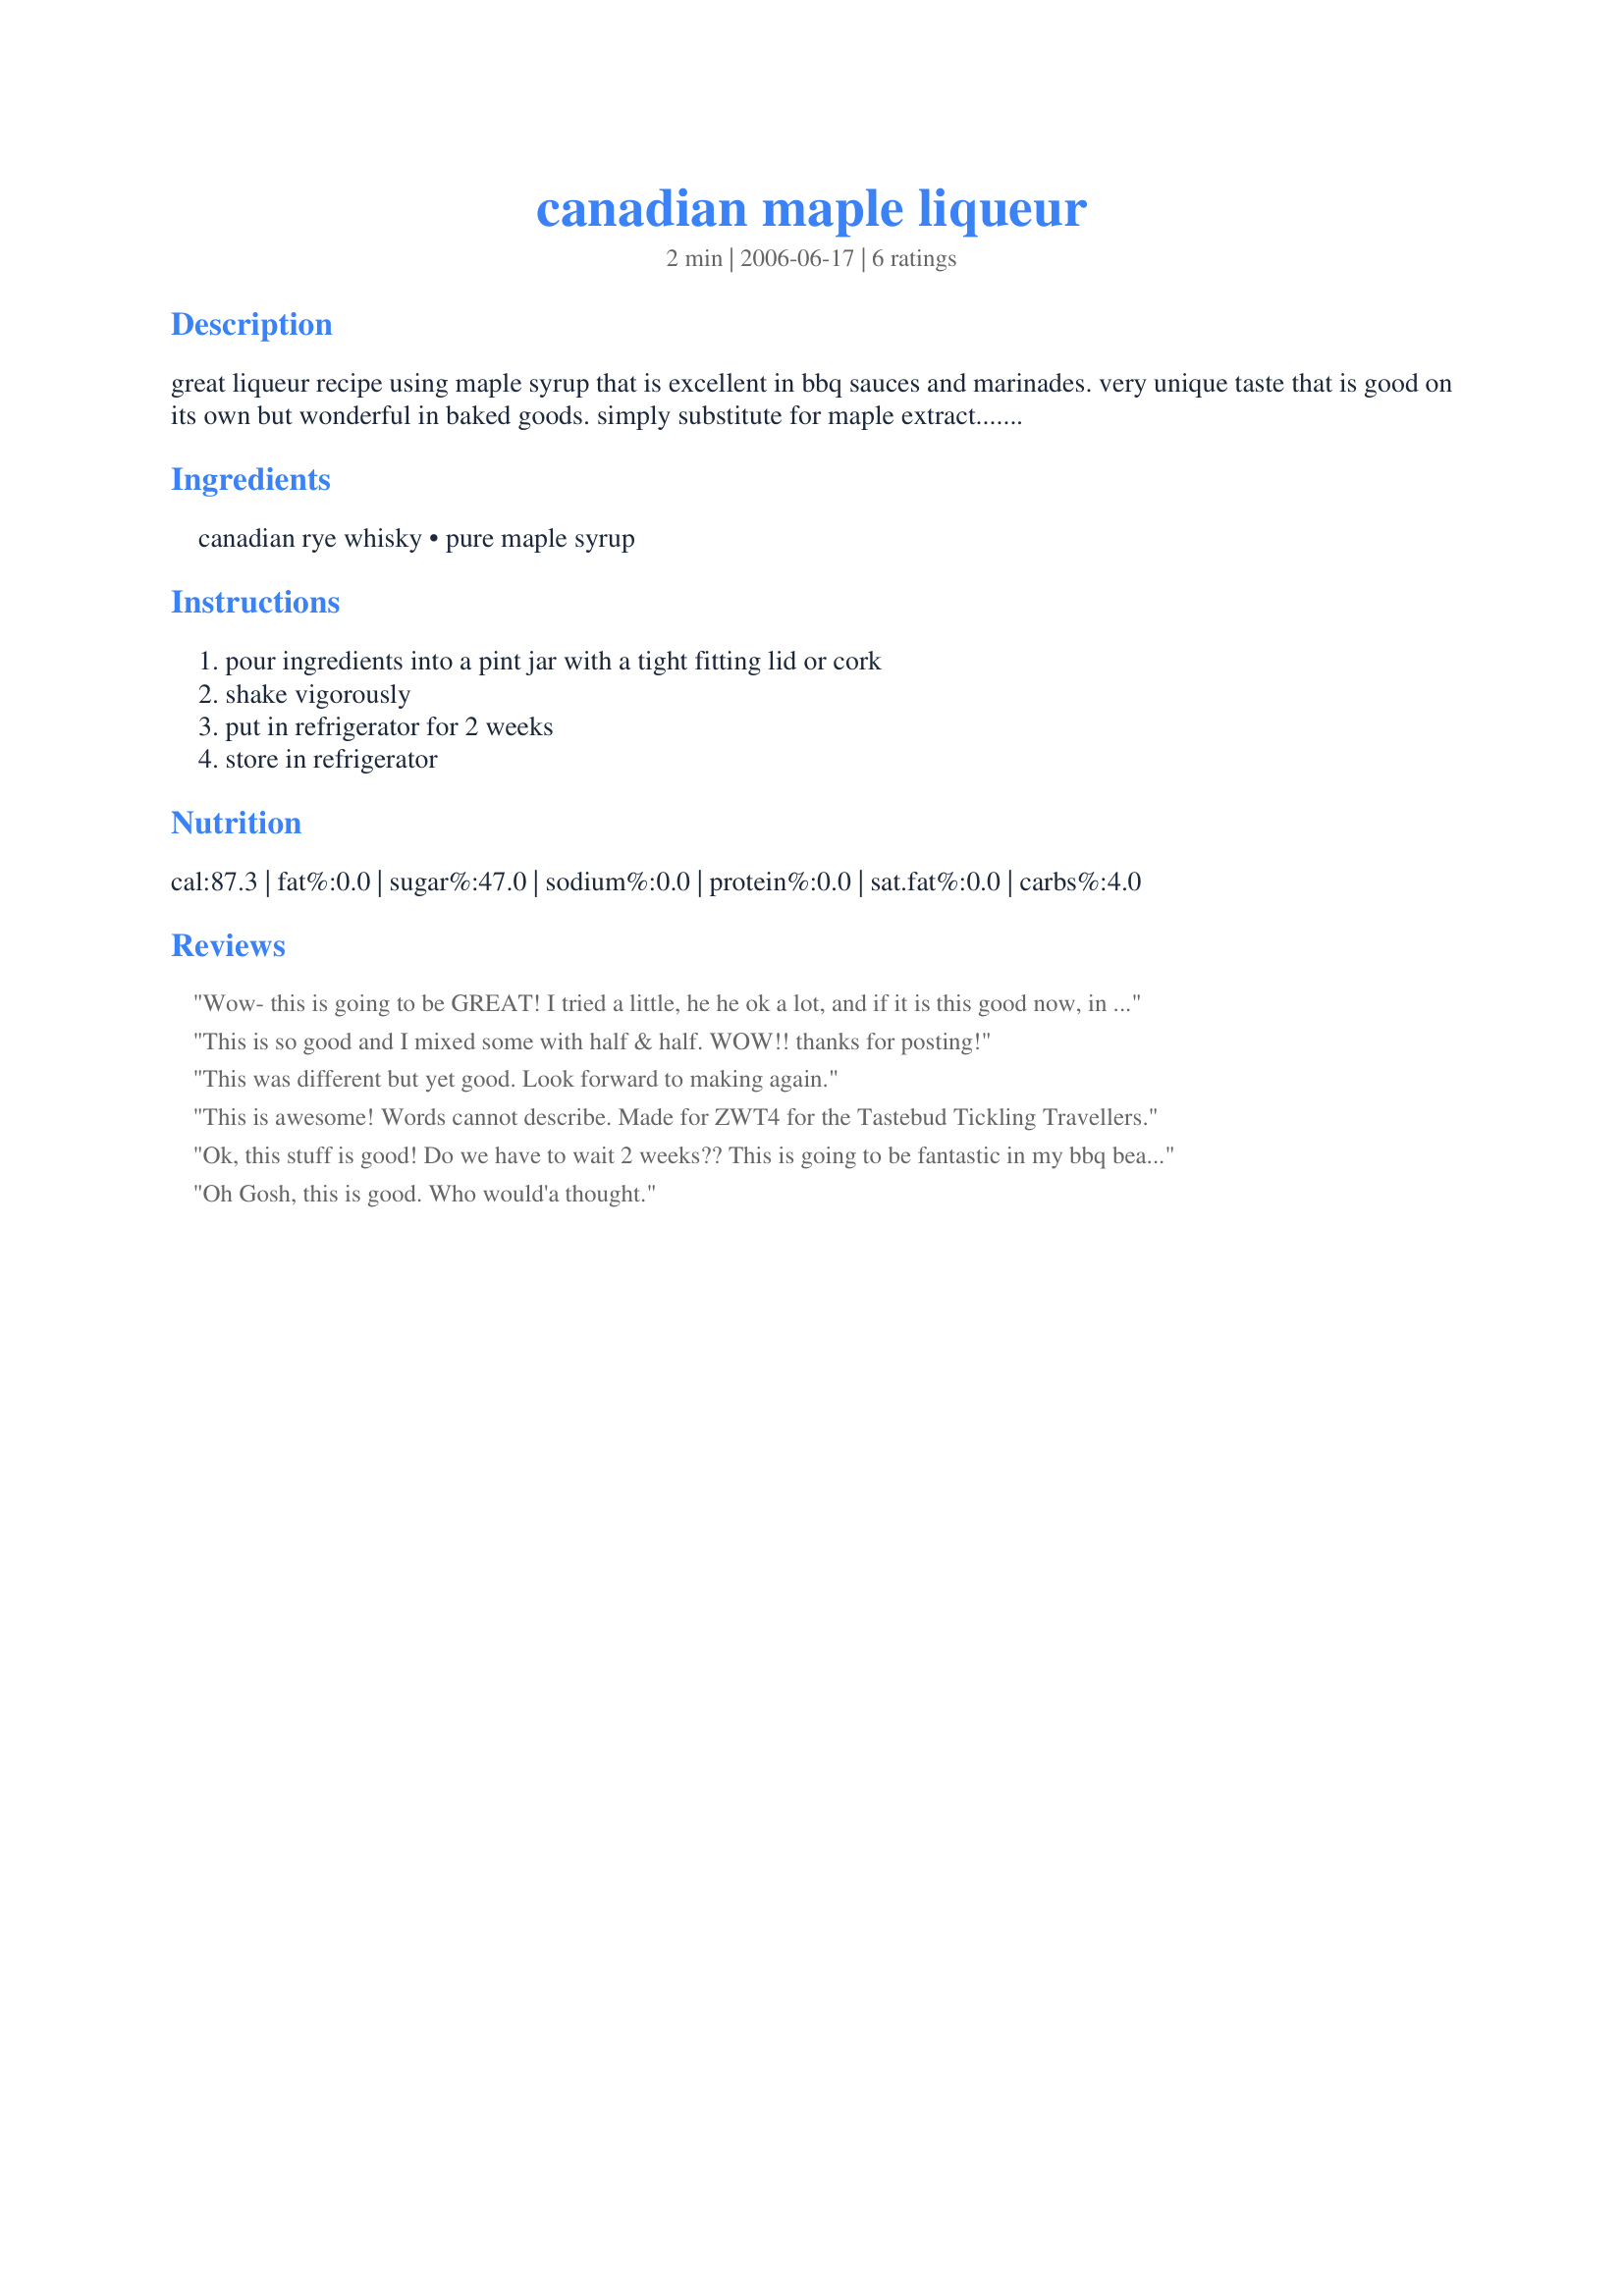
canadian maple liqueur
Preparation time: 2 minutes

great liqueur recipe using maple syrup that is excellent in bbq sauces and marinades. very unique taste that is good on its own but wonderful in baked goods. simply substitute for maple extract.....the recipe is ready for use after 2 weeks. store the liqueur in the refrigerator.

Ingredients:
canadian rye whisky, pure maple syrup

Steps:
pour ingredients into a pint jar with a tight fitting lid or cork, shake vigorously, put in refrigerator for 2 weeks, store in refrigerator

Reviews:
Wow- this is going to be GREAT! I tried a little, he he ok a lot, and if it is this good now, in 2 weeks it will be sensational! I thought it would be great in a bbq sauce as well, but what about blending some with ice cream as an after dinner drink-YUM! Thanks Again Cheryl!
 Nick's Mom
This is so good and I mixed some with half & half. WOW!! thanks for posting!
This was different but yet good. Look forward to making again.
This is awesome! Words cannot describe. Made for ZWT4 for the Tastebud Tickling Travellers.
Ok, this stuff is good!
Do we have to wait 2 weeks?? This is going to be fantastic in my bbq beans this year!!
Thanks Cheryl!
Oh Gosh, this is good. Who would'a thought.
